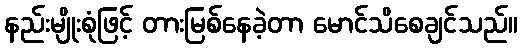
နည်းမျိုးစုံဖြင့် တားမြစ်နေခဲ့တာ မောင်သိစေချင်သည်။